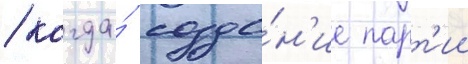
/ когда́ созда́н'ие парт'ии